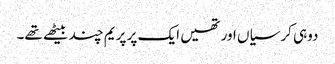
دوہی کرسیاں اور تھیں ایک پر پریم چند بیٹھے تھے۔